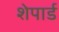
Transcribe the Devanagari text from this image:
शेपार्ड